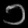
Digit: ၁